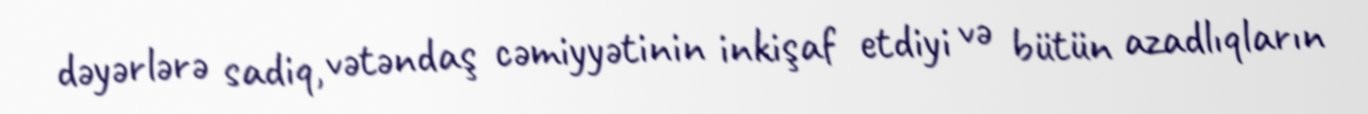
dəyərlərə sadiq, vətəndaş cəmiyyətinin inkişaf etdiyi və bütün azadlıqların